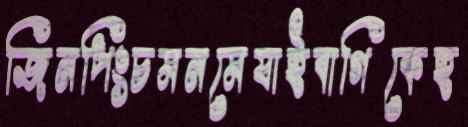
জিনপিংচমনমেযাইবাগিকেহ